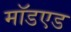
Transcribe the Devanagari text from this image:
मॉडएड